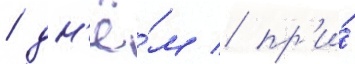
/ дн'ё́м / пр'и́